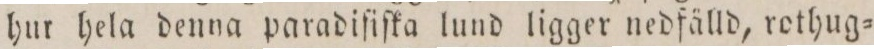
hur hela denna paradiſiſka lund ligger nedfälld, rothug=